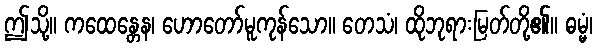
ဤသို့။ ကထေန္တေန၊ ဟောတော်မူကုန်သော။ တေသံ၊ ထိုဘုရားမြတ်တို့၏။ ဓမ္မံ၊